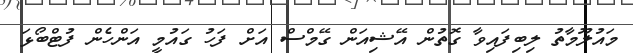
މައުލޫމާތު ލިބިފައިވާ ގޮތުން އޭޝިއަން ގޭމްސް އަށް ފަހު ގައުމީ އަންހެން ފުޓްބޯޅަ